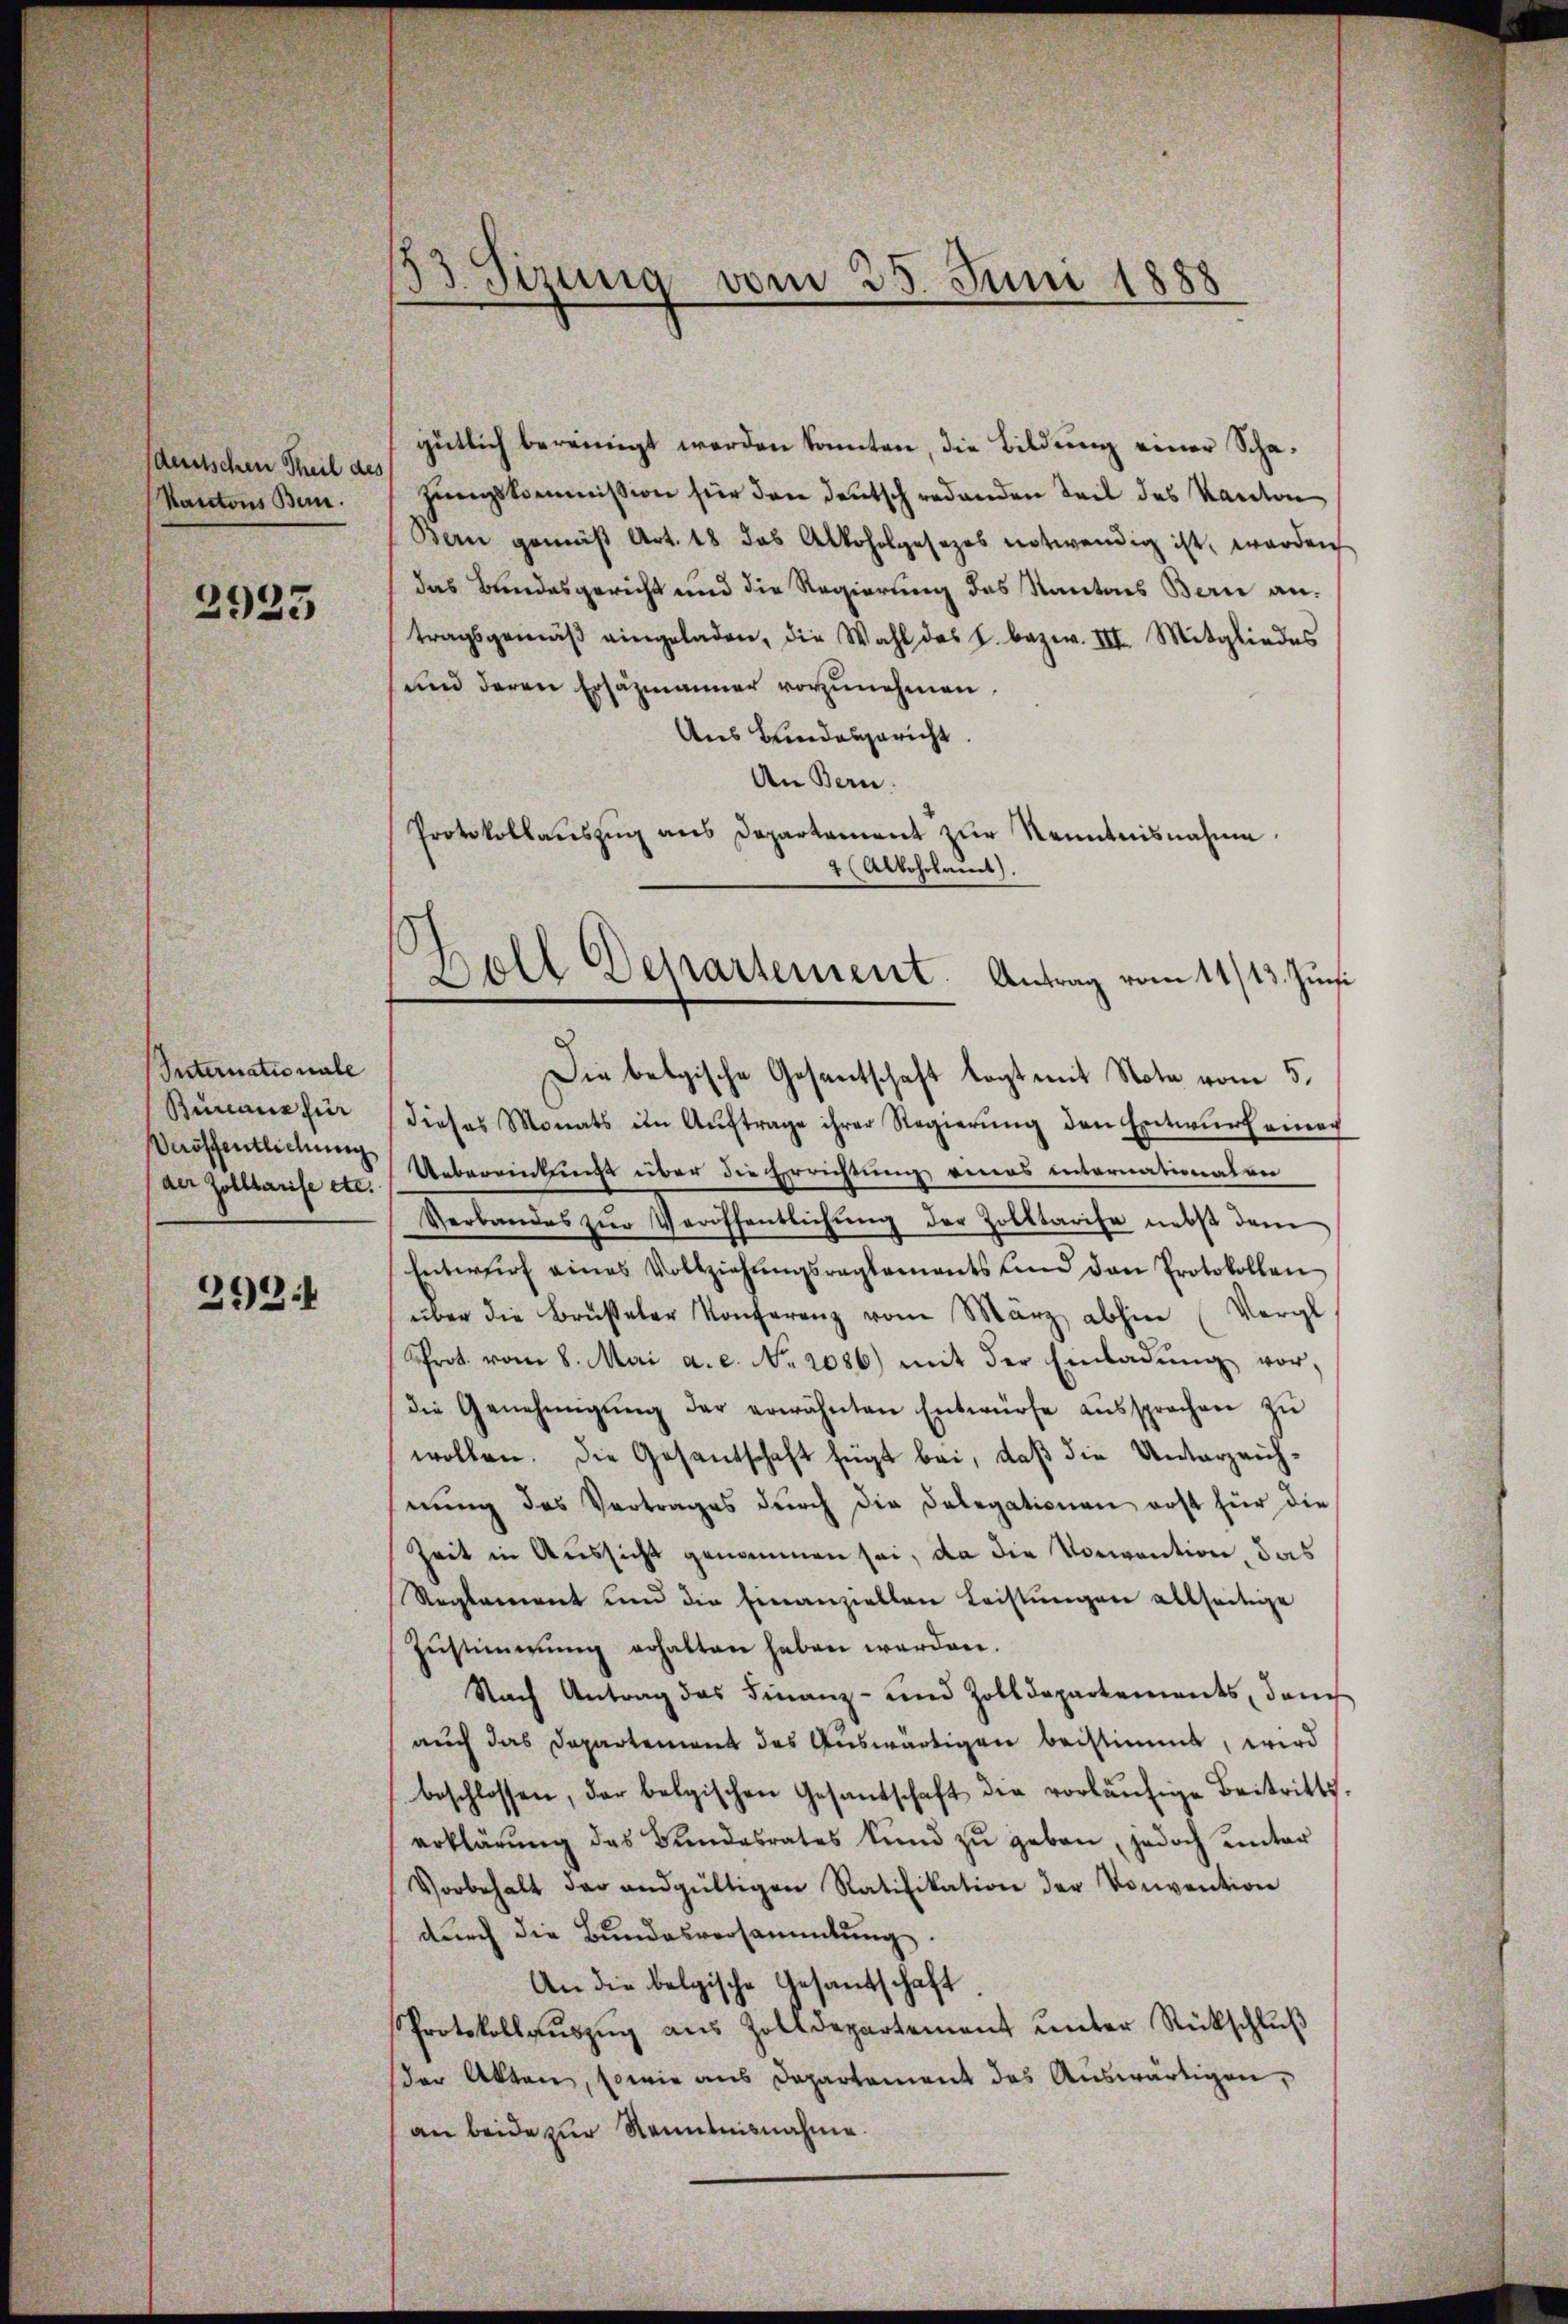
deutschen Theil des
Rantons Bern.

2923

Suternationale
Bureauz für
Veröffentlichung

292

33. Sizung vom 25. Juni 1888

gütlich bereinigt werden konnten, die Bildung einer Schazungskommission für den deutsch redenden Teil des Kanton
Bern gemäß Art. 18 das Alkoholgesezes notwendig ist werden
das Bundesgericht und die Regierung des Kantons Bern antragsgemäβ eingeladen, die Wahl des J. bezw. III. Mitgliedes
und deren Ersäzmanner vorzunehmen.
Aus Bundesgericht.
An Bern.
Protokollauszug aus Departement zŭr Kenntnisnahme
2 (Alkoholaert).
dieses Monats im Aŭftrage ihrer Regierŭng den Entwŭrf einer
der Zolllarise etc.) Uebereinkungs über die Errichtung eines internationalen
Verbandes zŭr Veröffentlichŭng der Zolltarise nebst dem
Entwŭrf eines Vollziehŭngsreglements und den Protokollen
über die Brüseler Konferenz vom März abhin (Vergl.
Prot. vom 8. Mai a. c. No. 2086) mit der Einladŭng vor-
die Genehmigŭng der erwähnten Entwürfe aŭssprachen zŭ
wollen. Die Gesantschaft fügt bei, daß die Unterzeichnŭng des Vertrages dŭrch die Delegationen erst für die
Zeit in Aussicht genommen sei, da die Vormention, das
Reglement und die Einanziellen Leistungen allseitige
Zŭstimmung erhalten haben werden.
Nach Antrag das Finanz- und Zolldepartements, danch
auch das Departement des Auswärtigen beistimmt, wird
beschlossen, der belgischen Gesandschaft die vorläŭfige Beitritts-
erklärŭng des Bundesrates kund zu geben, jedoch unter
Vorbehalt der endgültigen Ratifikation der Konvention
durch die Bundesversammlung.
An die belgische Gesandschaft.
Protokollaŭszŭg aŭs Zolldepartement ŭnter Rückschlŭβ
der Akten, sowie aus Departement des Auswärtigen,
an beide zur Kenntnisnahme.

Doll Departement. Antrag vom 14/13. Juni
Die belgische Gesantschaft legt mit Note vom 5.